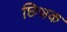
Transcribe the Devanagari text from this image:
छिन्नक